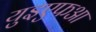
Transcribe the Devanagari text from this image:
युइएफआ